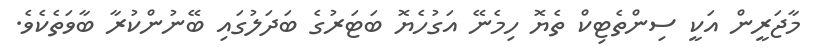
މާޖަރީން އަކީ ސިންތެޓިކް ތެޔޮ ހިމެނޭ އަގުހެޔޮ ބަޓަރުގެ ބަދަލުގައި ބޭނުންކުރާ ބާވަތެކެވެ.